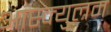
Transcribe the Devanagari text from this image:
आस्क्युलम